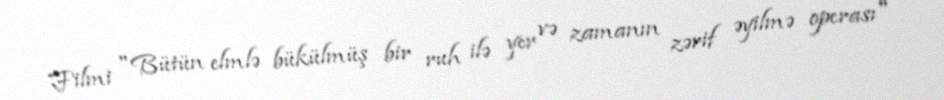
Filmi "Bütün elmlə bükülmüş bir ruh ilə yer və zamanın zərif əyilmə operası"